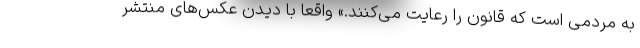
به مردمی است که قانون را رعایت می‌کنند.» واقعا با دیدن عکس‌های منتشر